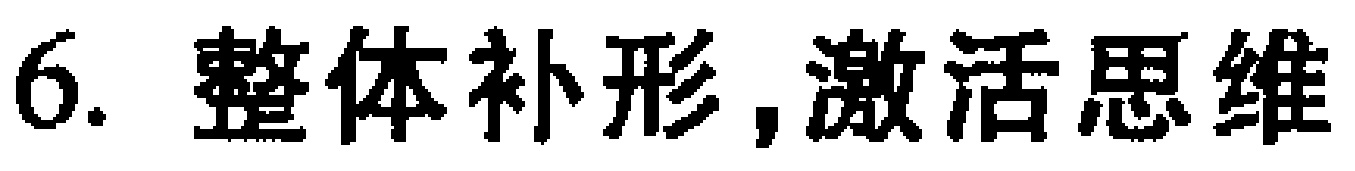
6. 整体补形,激活思维